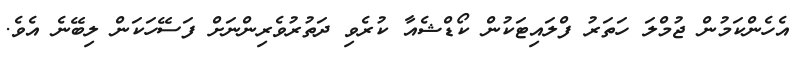
އެހެންކަމުން ޖުމްލަ ހަތަރު ފްލައިޓަކުން ކޯޑްޝެއާ ކުރެވި ދަތުރުވެރިންނަށް ފަސޭހަކަން ލިބޭނެ އެވެ.